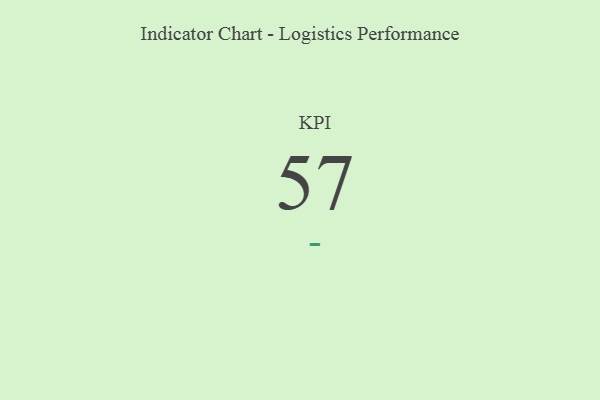
{"axis": {"x": "KPI", "y": "Value"}, "legend": [""], "data": [{"x": "KPI", "y": 57, "type": ""}]}